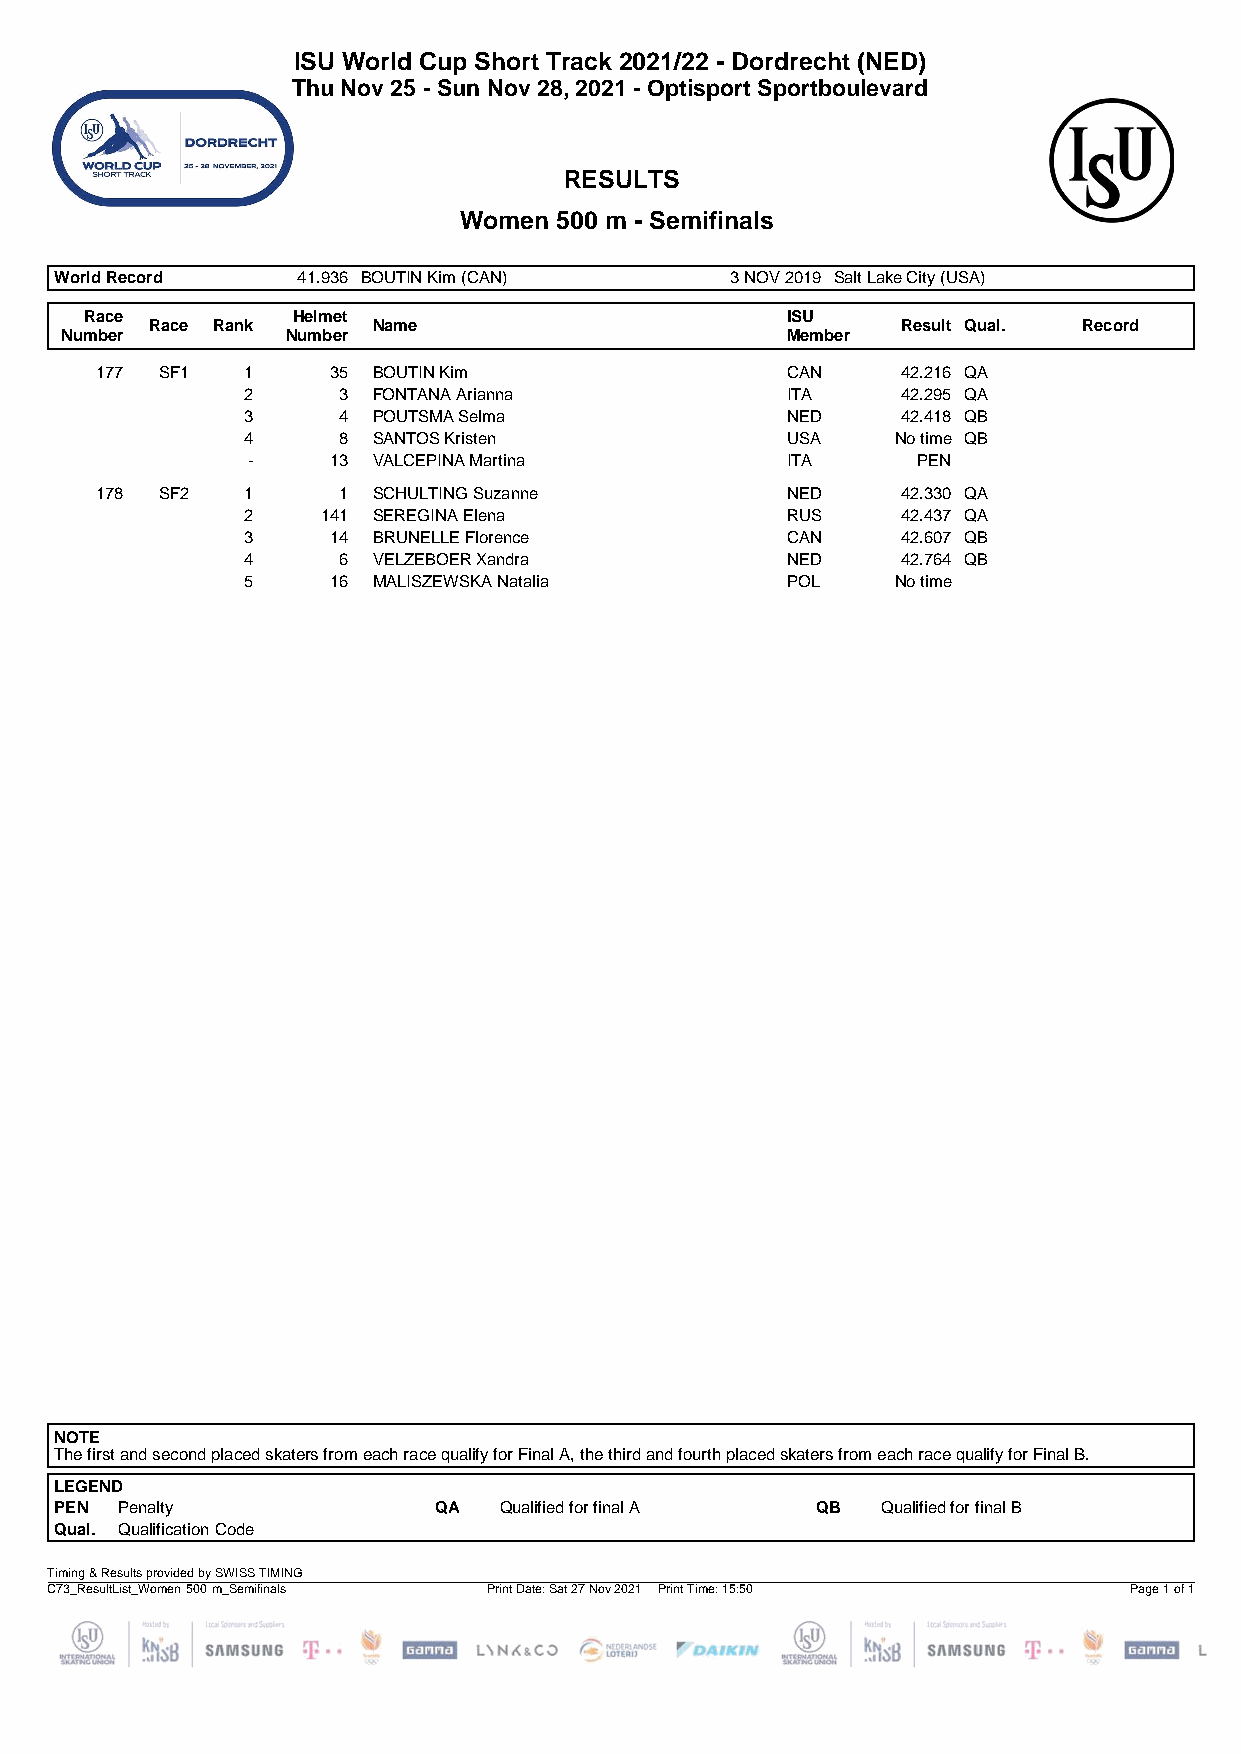
ISU World Cup Short Track 2021/22 - Dordrecht (NED)
 Thu Nov 25 - Sun Nov 28, 2021 - Optisport Sportboulevard
 RESULTS
 Women  500 m - Semifinals
 World Record    41.936 BOUTIN Kim (CAN)     3 NOV 2019 Salt Lake City (USA)
 Race         Helmet                           ISU
 Race Rank      Name                               Result Qual. Record
 Number         Number                           Member
 177  SF1  1     35 BOUTIN Kim                 CAN     42.216 QA
 2     3  FONTANA Arianna            ITA     42.295 QA
 3     4  POUTSMA Selma              NED     42.418 QB
 4     8  SANTOS Kristen             USA    No time QB
 -     13 VALCEPINA Martina          ITA      PEN
 178  SF2  1     1  SCHULTING Suzanne          NED     42.330 QA
 2    141 SEREGINA Elena             RUS     42.437 QA
 3     14 BRUNELLE Florence          CAN     42.607 QB
 4     6  VELZEBOER Xandra           NED     42.764 QB
 5     16 MALISZEWSKA Natalia        POL    No time
 NOTE
 The first and second placed skaters from each race qualify for Final A, the third and fourth placed skaters from each race qualify for Final B.
 LEGEND
 PEN Penalty              QA  Qualified for final A QB Qualified for final B
 Qual. Qualification Code
 Timing & Results provided by SWISS TIMING
 C73_ResultList_Women 500 m_Semifinals Print Date: Sat 27 Nov 2021 Print Time: 15:50 Page 1 of 1